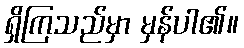
ရှိကြသည်မှာ မှန်ပါ၏။